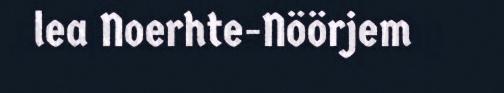
lea Noerhte-Nöörjem